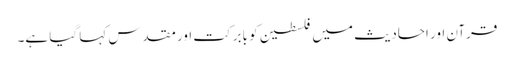
قرآن اور احادیث میں فلسطین کو بابرکت اور مقدس کہا گیا ہے۔